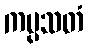
ကပ္ပသတံ